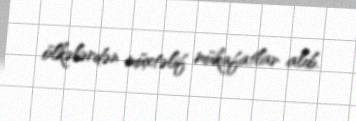
ölkələrdən müxtəlif mükafatlar alıb.